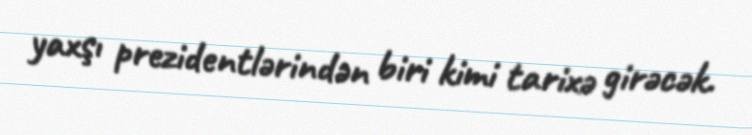
yaxşı prezidentlərindən biri kimi tarixə girəcək.